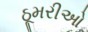
ઠૂમરીઓ